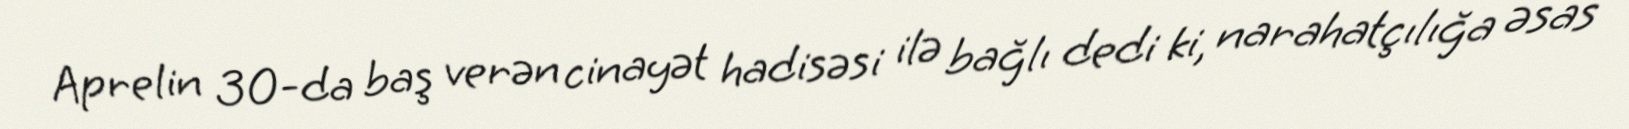
Aprelin 30-da baş verən cinayət hadisəsi ilə bağlı dedi ki, narahatçılığa əsas